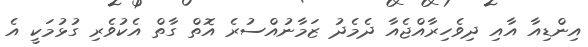
އިންޑިއާ އާއި ދިވެހިރާއްޖެއާ ދެމެދު ޒަމާނުއްސުރެ އޮތް ގާތް އެކުވެރި ގުޅުމަކީ އެ